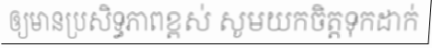
ឲ្យមានប្រសិទ្ធភាពខ្ពស់ សូមយកចិត្តទុកដាក់